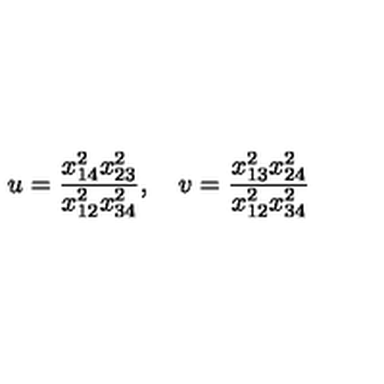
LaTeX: u = \frac { x _ { 1 4 } ^ { 2 } x _ { 2 3 } ^ { 2 } } { x _ { 1 2 } ^ { 2 } x _ { 3 4 } ^ { 2 } } , \quad v = \frac { x _ { 1 3 } ^ { 2 } x _ { 2 4 } ^ { 2 } } { x _ { 1 2 } ^ { 2 } x _ { 3 4 } ^ { 2 } }